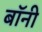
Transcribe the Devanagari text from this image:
बाॅनी